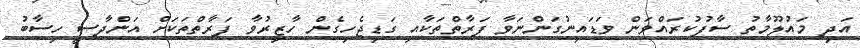
އަދި މައުލޫމާތު ސާފުކުރައްވަން ވަޑައިނުގަންނަވާ ފަރާތްތަކާއި ގަޑިޖެހިގެން ހާޒިރުވާ ފަރާތްތަކަށް އަންދާސީ ހިސާބު